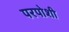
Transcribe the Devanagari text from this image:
परपोशी